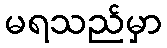
မရသည်မှာ